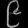
Digit: ၉